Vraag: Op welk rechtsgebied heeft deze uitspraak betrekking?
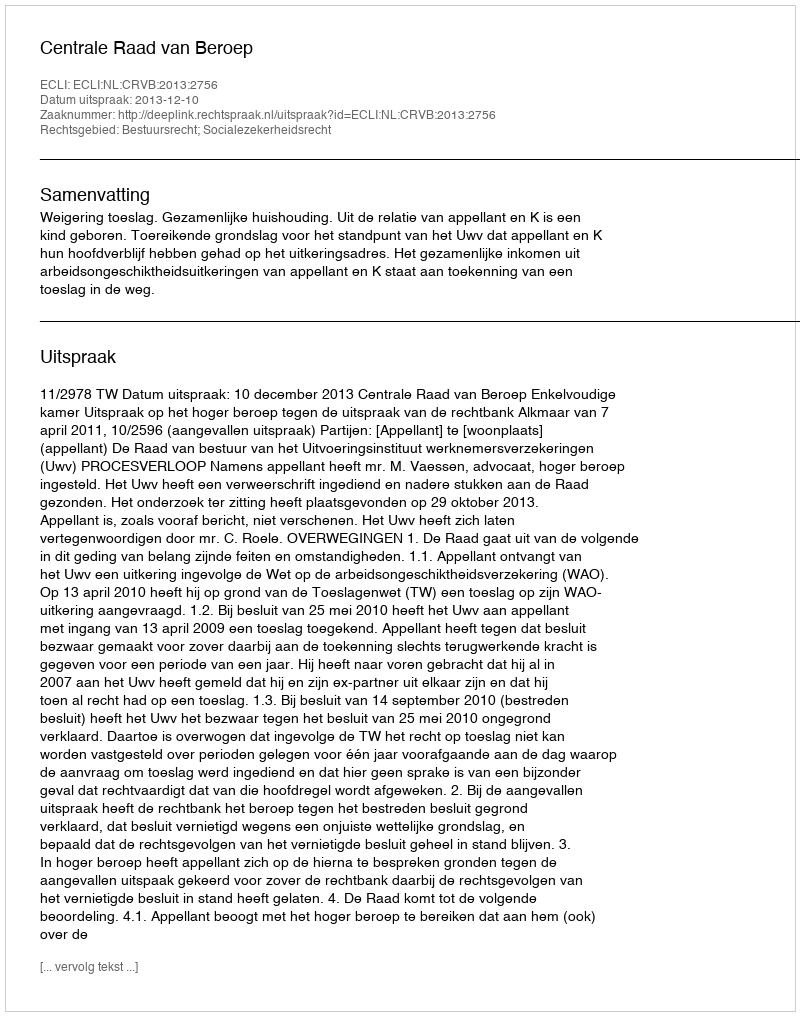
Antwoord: Bestuursrecht; Socialezekerheidsrecht